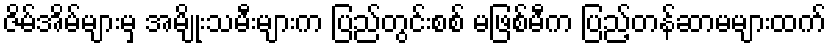
ဇိမ်အိမ်များမှ အမျိုးသမီးများက ပြည်တွင်းစစ် မဖြစ်မီက ပြည့်တန်ဆာမများထက်